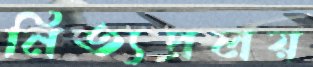
নিত্যপ্রলয়